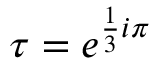
\tau = e ^ { { \frac { 1 } { 3 } } i \pi }